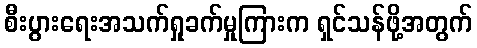
စီးပွားရေးအသက်ရှုခက်မှုကြားက ရှင်သန်ဖို့အတွက်